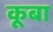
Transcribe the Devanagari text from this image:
कूबा